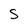
Character: s